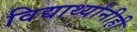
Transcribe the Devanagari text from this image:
विद्यार्थ्यांनीही